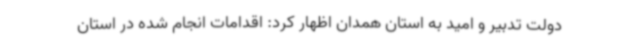
دولت تدبیر و امید به استان همدان اظهار کرد: اقدامات انجام شده در استان